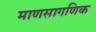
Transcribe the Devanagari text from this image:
माणसागणिक